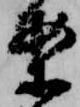
案